Statistical return of the lunatic asylum in Assam - 1912-1932
Year: 1912
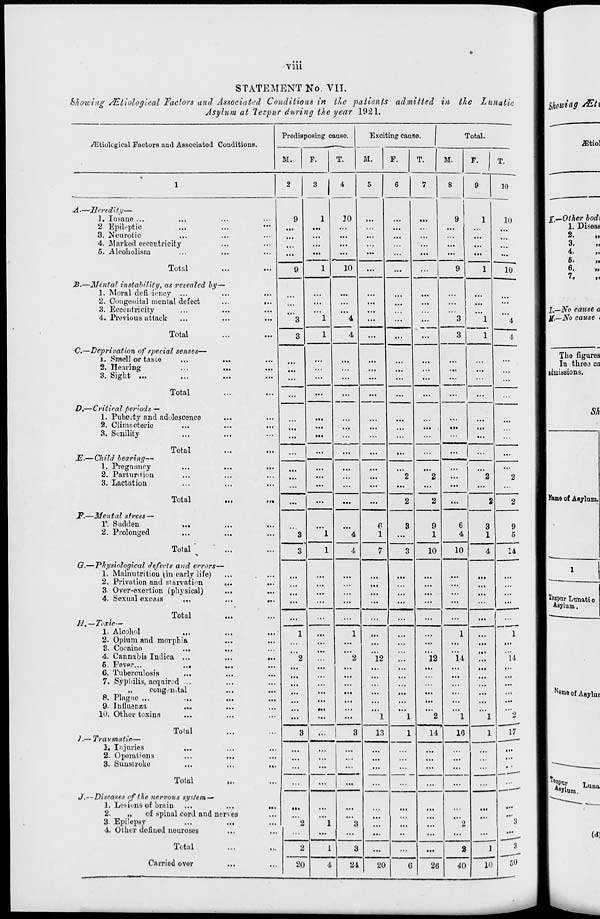
Till
STATEMENT No. VII.
blowing /Etiologlcal Factors and Associated Conditions in the patients admitted in the Lunatic
Asylum at Tezpur during the year 1921.
Predisposing cause.
Exciting cause.
Total.
./Etiolcgical Factors and Associated Conditions.
M.
F.
T.
M.
F.
T.
M.
F.
T.
1
2
3 i 4
5
6
7
8
9
10
A—Heredity—
1. Insane ...
...
9
1
30
...
...
...
9
1
10
2. Epileptic
...
...
...
in
...
...
...
...
3. Neurotic
.. ■
. • •
...
...
...
...
...
...
...
4. Marked eccentricity
...
...
...
...
...
...
5. Alcoholism
...
...
...
...
»
' ■
-
...
...
...
...
Total
9
1
10
...
...
9
1
10
JB.—Mental instability, as revealed by
1. Moral deficiency ...
...
...
...
...
...
...
...
...
2. Congenital mental defect
1..
...
...
...
...
...
...
...
3. Eccentricity
...
...
...
...
...
...
...
4. Previous attack
...
...
3
1
4
4
...
...
.
■
3
1
4
Total
3
1
...
...
3
1
4
C—Deprivation of special senses—
1. Smell or taste
...
...
...
...
...
...
...
...
...
2. Hearing
...
...
...
...
...
...
...
...
3. Sight ...
...
...
...
...
...
...
...
...
... | ...
...
...
Total
...
...
...
...
...
...
...
...
...
...
...
D,—Critical periods —
1. Pube.'ty and adolescence
...
...
• ••
...
...
...
2. Climacteric
...
...
...
•••
3. Senility
...
...
...
.—
...
...
...
...
...
...
Total
... 1
JE.— Child bearing—
1. Pregnancy
.— ...._
...
• 1.
...
)
...
2. Parturition
...
. . ■
...
2
2
.. .
2
2
3. Lactation
Ml
m
...
...
...
...
...
...
...
...
...
Total
...
...
...
...
2
2
...
2
2
F,—Mental stress —
1*. Sudden
...
...
...
e
3
9
6
3
9
2. Prolonged
...
...
3
1
4
I
...
1
4
1
4
5
Total ^
3
1
4
7
3
10
10
14
G.—Physiological defects and errors
1. Malnutrition (in early life)
...
...
2. Privation and starvation
...
...
3. Over-exertion (physical)
...
...
...
4. Sexual exeats
t ..
...
• ••
...
...
...
... —11L-
...
...
...
...
Total
... 1 ...
II. —Toxic—
1. Alcohol
• . •
1
1
1
1
2. Opium and morphia
...
...
...
...
..i
...
i..
8. Cocaine
...
4. Cannahis Irnlica ...
...
• ..
2
2
12
12
14
14
6. Fever...
...
»••
...
...
6. Tuberculosis
...
7. Sypliilis, acquired • ••
.,.
...
...
...
„
congenital
...
...
...
...
...
...
...
...
...
...
8. Plague ...
...
...
...
...
...
...
...
...
...
9. Influenza
...
...
...
<«<
...
10. Other toxins
...
...
...
1
1
2
1
1
1
*)
Total
3
3
13
1
14
16
17
J,— Trail tnatia—
•
■
,
1. Injuries
in
2. Operations
...
...
3. Sunstroke
...
• ••
...
..
Ill
■ -
- ''
•
-
,~- -
Total
J,—Diseases of the nervous system —
1. Let-ions of brain
...
...
ii.
.«•
...
2.
„
of spinal cord and nerves
...
».'
3. Epilepsy
...
...
2
1
3
2
3
4. Other dofiued neuroses
...
...
...
...
...
...
••
...
...
1
10
'"—
Total
2
i
3
...
...
...
2
3
Carried over
20
4
84
20
0
26
40
50
J ,